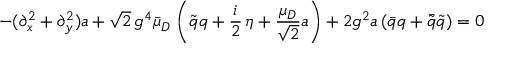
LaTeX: - ( \partial _ { x } ^ { 2 } + \partial _ { y } ^ { 2 } ) a + \sqrt { 2 } \, g ^ { 4 } \bar { \mu } _ { D } \, \left( \tilde { q } q + \frac i 2 \, \eta + \frac { \mu _ { D } } { \sqrt { 2 } } a \right) + 2 g ^ { 2 } a \left( \bar { q } q + \bar { \tilde { q } } \tilde { q } \right) = 0